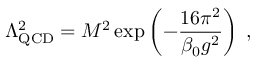
\Lambda _ { \mathrm { Q C D } } ^ { 2 } = M ^ { 2 } \exp \left( - \frac { 1 6 \pi ^ { 2 } } { \beta _ { 0 } g ^ { 2 } } \right) \; ,